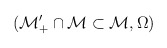
\begin{align*}(\mathcal{M}_{+}^{\prime }\cap \mathcal{M}\subset \mathcal{M},\Omega \mathcal{)}\end{align*}